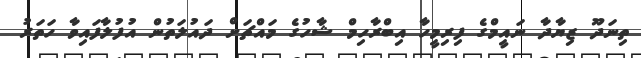
ތިނަދޫ ޒިޔާދާ ނައީމްގެ ފިރިމީހާ އިބްރާހިމް ޝާހުގެ މައްޗަށް ދައުލަތުން އުފުލާފައިވާ ހަތަރު